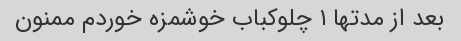
بعد از مدتها ١ چلوکباب خوشمزه خوردم ممنون